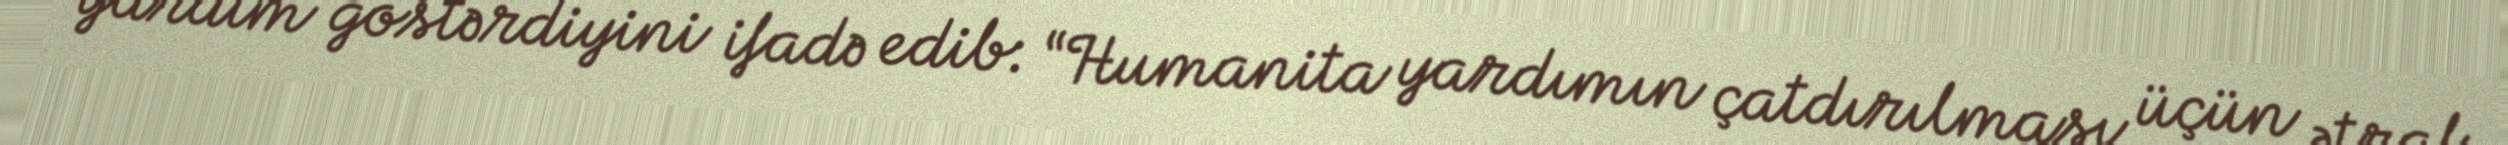
yardım göstərdiyini ifadə edib: “Humanita yardımın çatdırılması üçün ətraf